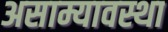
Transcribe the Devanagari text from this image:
असाम्यावस्था